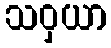
သဝှယာ